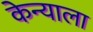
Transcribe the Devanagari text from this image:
केन्याला